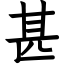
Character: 甚